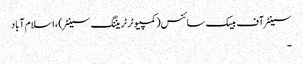
سینٹر آف بیسک سائنس(کمپیوٹر ٹریننگ سینٹر) ، اسلام آباد
۔